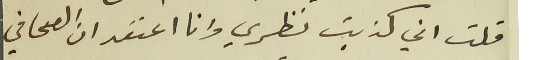
قلت اني كذبت نظري وانا اعتقد ان الصحافي